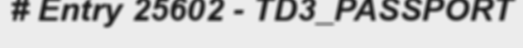
# Entry 25602 - TD3_PASSPORT